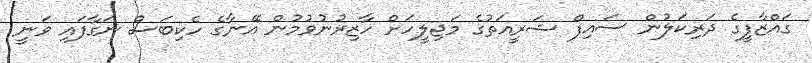
ގައްޒާފީގެ ދަރިކަލުން ސައިފް ޝަރީއަތުގެ މަޖިލީހަށް ހާޒިރުނުވުމުން އޭނާގެ ހެކިބަސް ނަގާފައި ވަނީ